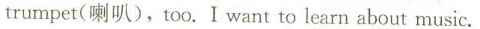
trumpet(喇叭),too. I want to learn about music.